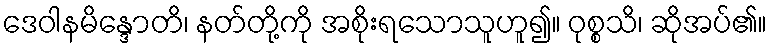
ဒေဝါနမိန္ဒောတိ၊ နတ်တို့ကို အစိုးရသောသူဟူ၍။ ဝုစ္စသိ၊ ဆိုအပ်၏။